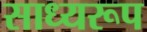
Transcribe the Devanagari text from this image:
साध्यरूप